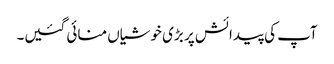
آپ کی پیدائش پر بڑی خوشیاں منائی گئیں۔